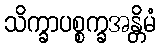
သိက္ခာပစ္စက္ခအန္တိမံ